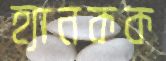
হ্যানকক